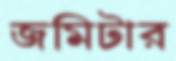
জমিটার